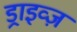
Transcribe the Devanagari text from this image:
ड्राइव्ज़